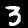
Digit: 3